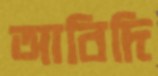
আবিদি